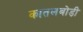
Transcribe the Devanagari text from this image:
कातलबोड़ी